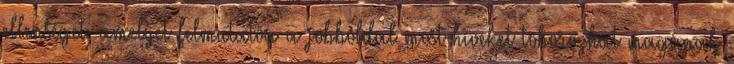
ellenséget, amelyet felmutatva a jobboldal most híveket toborozhat magának